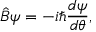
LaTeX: { \hat { B } } \psi = - i \hbar { \frac { d \psi } { d \theta } } ,